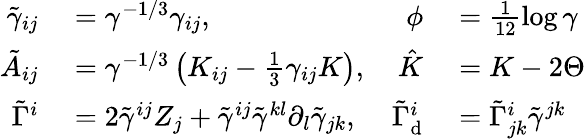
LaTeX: \begin{array}{rlrl}{\tilde{\gamma}_{ij}}&{{}=\gamma^{-1/3}\gamma_{ij},}&{\phi}&{{}=\frac{1}{12}\log\gamma}\\ {\tilde{A}_{ij}}&{{}=\gamma^{-1/3}\left(K_{ij}-\frac{1}{3}\gamma_{ij}K\right),}&{\hat{K}}&{{}=K-2\Theta}\\ {\tilde{\Gamma}^{i}}&{{}=2\tilde{\gamma}^{ij}Z_{j}+\tilde{\gamma}^{ij}\tilde{\gamma}^{kl}\partial_{l}\tilde{\gamma}_{jk},}&{\tilde{\Gamma}_{\mathrm{d}}^{i}}&{{}=\tilde{\Gamma}_{jk}^{i}\tilde{\gamma}^{jk}}\end{array}